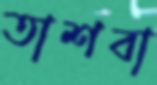
তাশবা